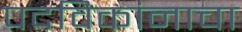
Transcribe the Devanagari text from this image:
पदविकांनाचा